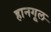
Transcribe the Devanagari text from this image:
हानगूल